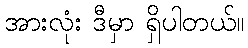
အားလုံး ဒီမှာ ရှိပါတယ်။